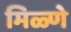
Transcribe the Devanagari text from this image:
मिळ्णे